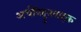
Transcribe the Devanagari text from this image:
अर्धविद्दुतवाहक